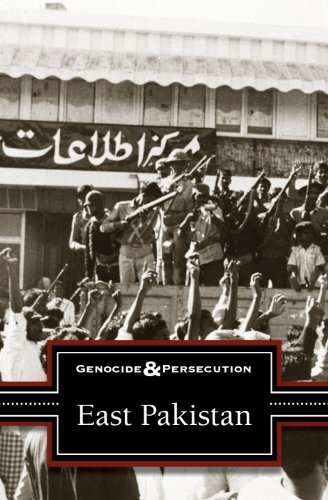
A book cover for East Pakistan (Genocide and Persecution); Noah Berlatsky; Teen & Young Adult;